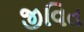
જીવિત